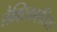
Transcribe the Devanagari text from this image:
लैक्टिकएसिड